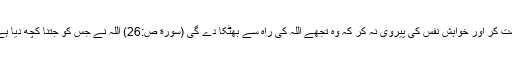
لہٰذاتولوگوں کے درمیان حق کے ساتھ حکومت کر اور خواہشِ نفس کی پیروی نہ کر کہ وہ تجھے اللہ کی راہ سے بھٹکا دے گی (سورة صٓ:26) اللہ نے جس کو جتنا کچھ دیا ہے اُس سے زیادہ کا وہ اُسے مکلف نہیں کرتا۔